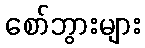
စော်ဘွားများ